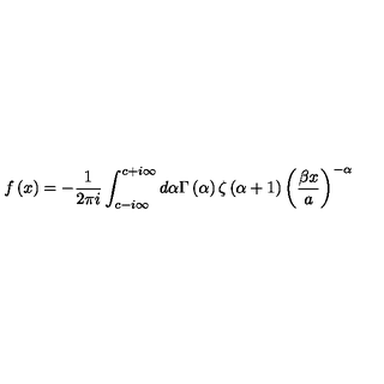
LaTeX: f \left( x \right) = - \frac { 1 } { 2 \pi i } \int _ { c - i \infty } ^ { c + i \infty } d \alpha \Gamma \left( \alpha \right) \zeta \left( \alpha + 1 \right) \left( \frac { \beta x } { a } \right) ^ { - \alpha }